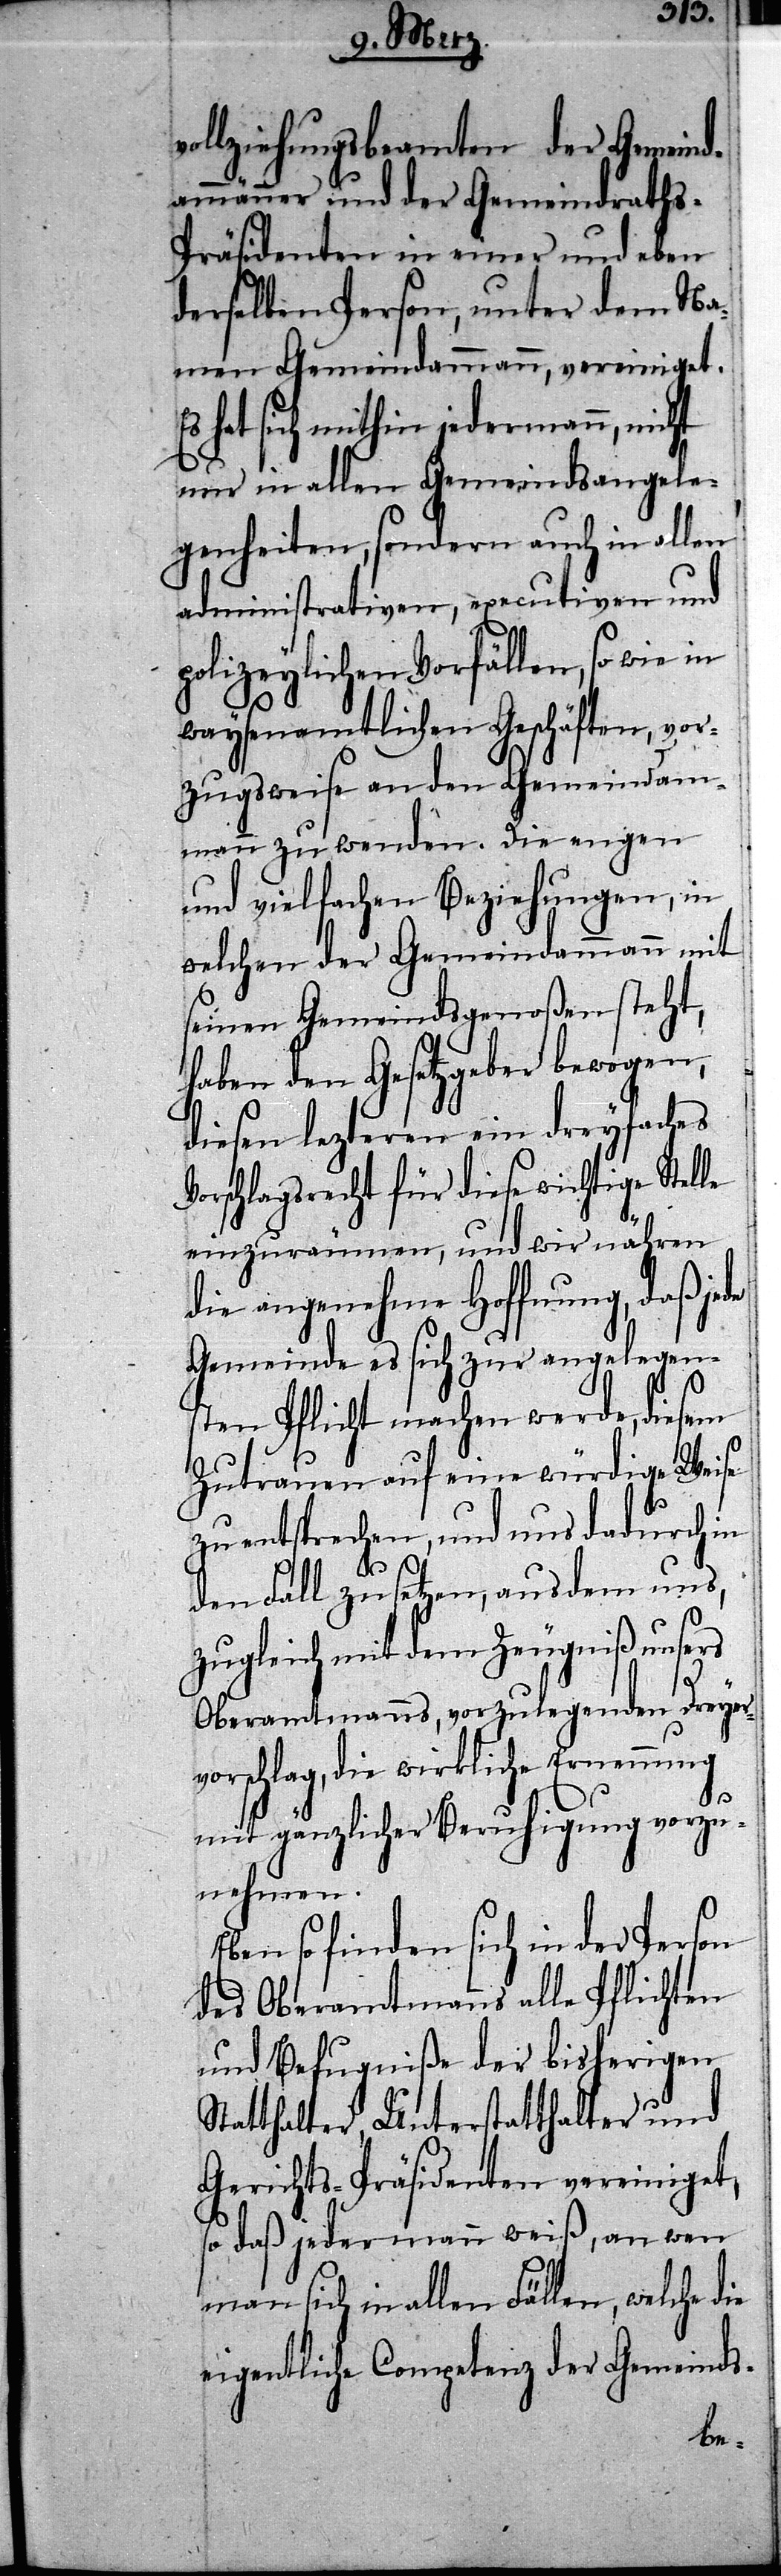
llziehungsbeamten der Gemeind¬
ammänner und der Gemeindraths-P¬
räsidenten in einer und eben
derselben Person, unter dem Na¬
men Gemeindammann, vereiniget.
hat sich mithin jedermann, nicht
nur in allen Gemeindsangele¬
genheiten, sondern auch in allen
administrativen, executiven und
polizeylichen Vorfällen, so wie in
waysenamtlichen Geschäften, vor¬
zugsweise an den Gemeindam¬
mann zu wenden. Die engen
und vielfachen Beziehungen, in
welchen der Gemeindammann mit
seinen Gemeindsgenoßen steht,
haben den Gesetzgeber bewogen,
diesen lezteren ein dreyfaches
rschlagsrecht für diese wichtige Stel¬
einzuräumen, und wir nähren
die angenehme Hoffnung, daß jede
Gemeinde es sich zur angelegen¬
sten Pflicht machen werde, diesem
Zutrauen auf eine würdige Weise
zu entsprechen, und uns dadurch in
den Fall zu setzen, aus dem uns,
zugleich mit dem Zeugniß unsers
Oberamtmanns, vorzulegenden Dreyer¬
vorschlag, die wirkliche Ernennung
die
mit gänzlicher Beruhigung vorzu¬
nehmen.
Eben so finden sich in der Person
des Oberamtmanns alle Pflichten
und Befugniße der bisherigen
Statthalter, Unterstatthalter und
Gerichts-Präsidenten vereiniget,
so daß jedermann weiß, an wen
eigentliche Competenz der Gemeinds-